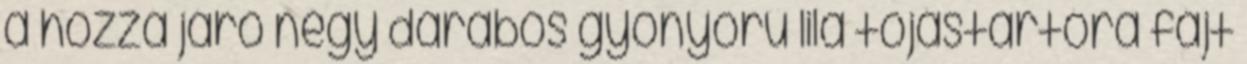
a hozzá járó négy darabos gyönyörű lila tojástartóra fájt